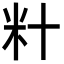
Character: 籵